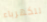
للكهرباء